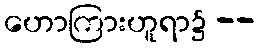
ဟောကြားဟူရာ၌ --